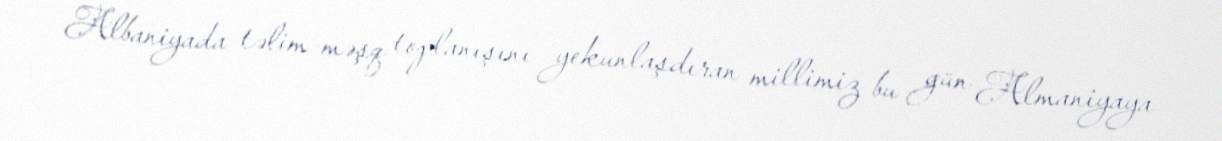
Albaniyada təlim-məşq toplanışını yekunlaşdıran millimiz bu gün Almaniyaya